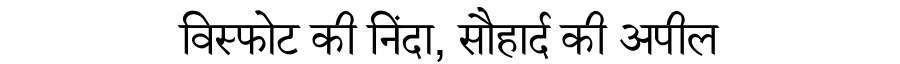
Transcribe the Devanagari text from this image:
विस्फोट की निंदा, सौहार्द की अपील